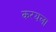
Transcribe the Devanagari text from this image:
करयला